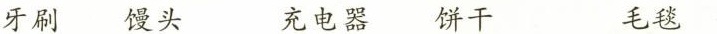
牙刷 馒头 充电器 饼干 毛毯